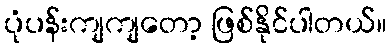
ပုံပန်းကျကျတော့ ဖြစ်နိုင်ပါတယ်။